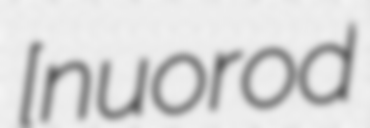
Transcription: [ˈnɔu̯ɦorod